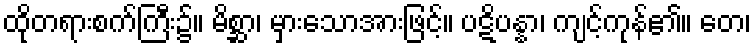
ထိုတရားစက်ကြီး၌။ မိစ္ဆာ၊ မှားသောအားဖြင့်။ ပဋိပန္နာ၊ ကျင့်ကုန်၏။ တေ၊